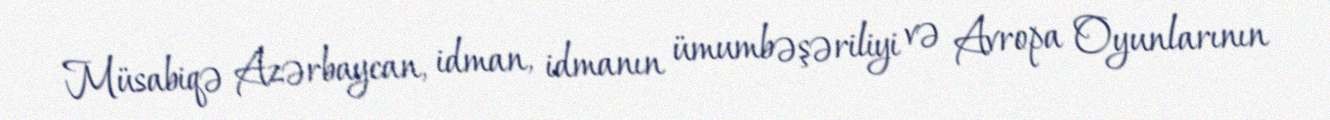
Müsabiqə Azərbaycan, idman, idmanın ümumbəşəriliyi və Avropa Oyunlarının